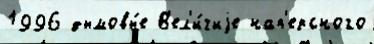
1996 дымовы́е В'ел'и́чиjе нап'ерсного